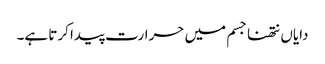
دایاں نتھنا جسم میں حرارت پیدا کرتا ہے۔